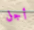
أجل